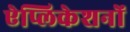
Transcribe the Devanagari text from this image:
ऐप्लिकेशनों